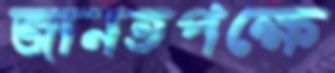
জানতপক্ষে